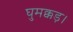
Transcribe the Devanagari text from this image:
घुमक्कड़।